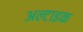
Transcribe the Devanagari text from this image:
अल्टाइक